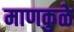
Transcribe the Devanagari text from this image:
माणकुळे